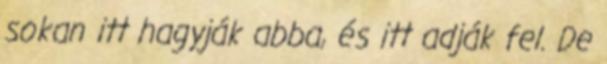
sokan itt hagyják abba, és itt adják fel. De